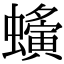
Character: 𧓒